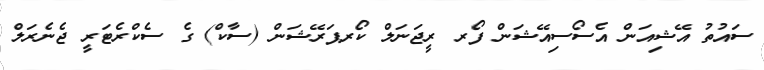
ސައުތު އޭޝިއަން އެސޯސިއޭޝަން ފޯރ ރީޖަނަލް ކޯރޕަރޭޝަން (ސާކް) ގެ ސެކްރެޓަރީ ޖެނެރަލް